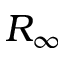
R _ { \infty }